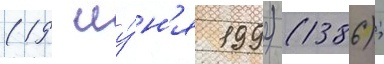
(19 иу́н'я 1992) (1386);